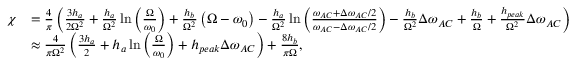
\begin{array} { r l } { \chi } & { = \frac { 4 } { \pi } \left( \frac { 3 h _ { a } } { 2 \Omega ^ { 2 } } + \frac { h _ { a } } { \Omega ^ { 2 } } \ln { \left( \frac { \Omega } { \omega _ { 0 } } \right) } + \frac { h _ { b } } { \Omega ^ { 2 } } \left( \Omega - \omega _ { 0 } \right) - \frac { h _ { a } } { \Omega ^ { 2 } } \ln { \left( \frac { \omega _ { A C } + \Delta \omega _ { A C } / 2 } { \omega _ { A C } - \Delta \omega _ { A C } / 2 } \right) } - \frac { h _ { b } } { \Omega ^ { 2 } } \Delta \omega _ { A C } + \frac { h _ { b } } { \Omega } + \frac { h _ { p e a k } } { \Omega ^ { 2 } } \Delta \omega _ { A C } \right) } \\ & { \approx \frac { 4 } { \pi \Omega ^ { 2 } } \left( \frac { 3 h _ { a } } { 2 } + h _ { a } \ln { \left( \frac { \Omega } { \omega _ { 0 } } \right) } + h _ { p e a k } \Delta \omega _ { A C } \right) + \frac { 8 h _ { b } } { \pi \Omega } , } \end{array}